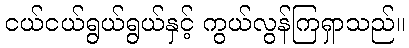
ငယ်ငယ်ရွယ်ရွယ်နှင့် ကွယ်လွန်ကြရှာသည်။